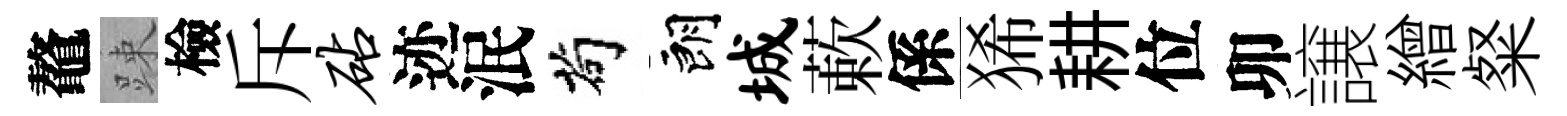
鼇踈檢斥砧迹泯茍朗城蔌係狶耕位卯譲繒粲